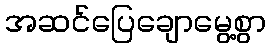
အဆင်ပြေချောမွေ့စွာ